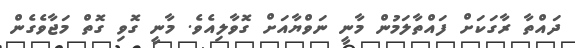
ދައްތާ ރާގަކަށް ފައްތާލަމުން މާނީ ނަވްޔާއަށް ގޮވާލިއެވެ. މާނީ ގޮވި ގޮތް މަޖާވެގެން